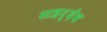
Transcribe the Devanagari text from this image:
सहर्देव